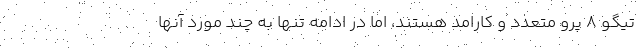
تیگو 8 پرو متعدد و کارامد هستند، اما در ادامه تنها به چند مورد آنها